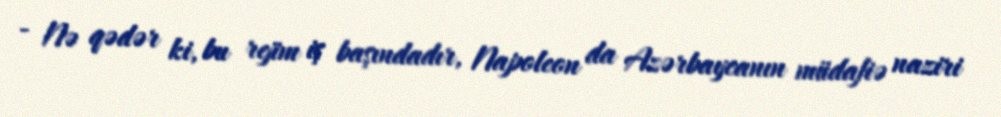
- Nə qədər ki, bu rejim iş başındadır, Napoleon da Azərbaycanın müdafiə naziri